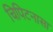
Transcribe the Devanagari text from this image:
चिपिटनासा